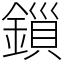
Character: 鎻